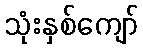
သုံးနှစ်ကျော်